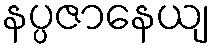
နပ္ပဇာနေယျ